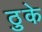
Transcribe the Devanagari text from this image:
ठुके